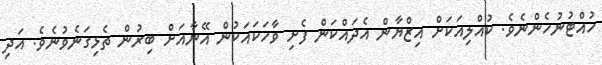
ހުއްޓުނުހެންނެވެ. ކުއްލިއަކަށް އިޒްޔާން އެދައްކަން ފެށި ވާހަކައަކުން އޭނާއަށް ބިރުން ތެޅިގަނެވުނެވެ. އަދި